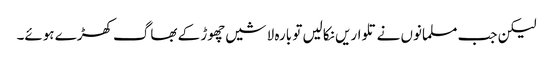
لیکن جب مسلمانوں نے تلواریں نکالیں تو بارہ لاشیں چھوڑ کے بھاگ کھڑے ہوئے۔